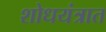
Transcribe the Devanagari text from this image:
शोधयंत्रात